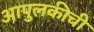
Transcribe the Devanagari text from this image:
आपुलकीची